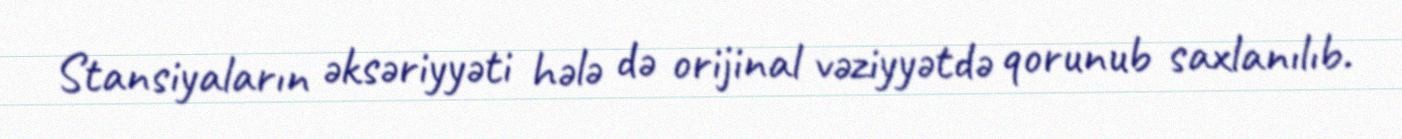
Stansiyaların əksəriyyəti hələ də orijinal vəziyyətdə qorunub saxlanılıb.